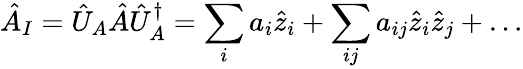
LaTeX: \hat{A}_{I}=\hat{U}_{A}\hat{A}\hat{U}_{A}^{\dagger}=\sum_{i}a_{i}\hat{z}_{i}+\sum_{ij}a_{ij}\hat{z}_{i}\hat{z}_{j}+\dots